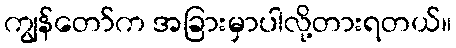
ကျွန်တော်က အခြားမှာပါလို့တားရတယ်။